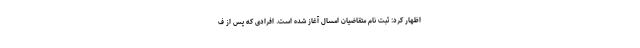
اظهار کرد: ثبت نام متقاضیان امسال آغاز شده است. افرادی که پس از ف